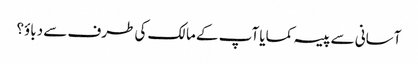
آسانی سے پیسہ کمایا آپ کے مالک کی طرف سے دباؤ؟